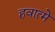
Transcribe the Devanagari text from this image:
हवात्मे